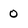
Character: 0